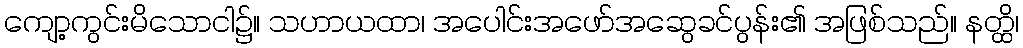
ကျော့ကွင်းမိသောငါ၌။ သဟာယထာ၊ အပေါင်းအဖော်အဆွေခင်ပွန်း၏ အဖြစ်သည်။ နတ္ထိ၊